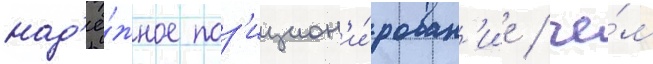
над'ё́жное поз'ицион'и́рован'ие / че́м